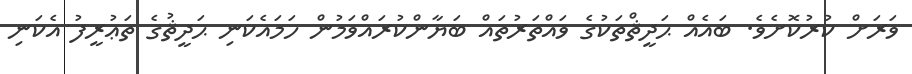
ވަރަށް ކުރުކޮށެވެ. ބައެއް ޙަދީޘްތަކުގެ ވައްތަރުތައް ބަޔާންކުރައްވަމުން ހަމައެކަނި ޙަދީޘުގެ ތަޢުރީފު އެކަނި